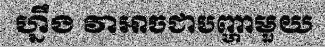
ហ្នឹង វាអាចជាបញ្ហាមួយ